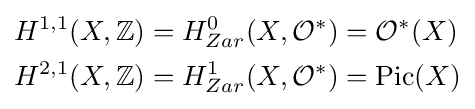
{\begin{aligned}H^{1,1}(X,\mathbb {Z} )&=H_{Zar}^{0}(X,{\mathcal {O}}^{*})={\mathcal {O}}^{*}(X)\\H^{2,1}(X,\mathbb {Z} )&=H_{Zar}^{1}(X,{\mathcal {O}}^{*})={\text{Pic}}(X)\end{aligned}}